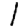
Digit: 1